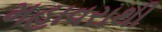
મહાવરાથી